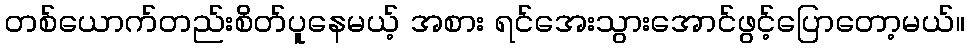
တစ်ယောက်တည်းစိတ်ပူနေမယ့် အစား ရင်အေးသွားအောင်ဖွင့်ပြောတော့မယ်။